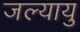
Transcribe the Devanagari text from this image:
जल्यायु